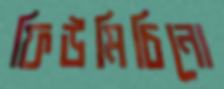
ফিউমিচিনো